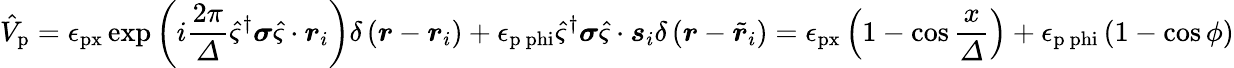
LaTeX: \hat{V}_{\mathrm{p}}=\epsilon_{\mathrm{px}}\exp\left(i\frac{2\pi}{\varDelta}\hat{\varsigma}^{\dagger}\boldsymbol{\sigma}\hat{\varsigma}\cdot\boldsymbol{r}_{i}\right)\delta\left(\boldsymbol{r}-\boldsymbol{r}_{i}\right)+\epsilon_{\mathrm{p\ phi}}\hat{\varsigma}^{\dagger}\boldsymbol{\sigma}\hat{\varsigma}\cdot\boldsymbol{s}_{i}\delta\left(\boldsymbol{r}-\tilde{\boldsymbol{r}}_{i}\right)=\epsilon_{\mathrm{px}}\left(1-\cos\frac{x}{\varDelta}\right)+\epsilon_{\mathrm{p\ phi}}\left(1-\cos\phi\right)